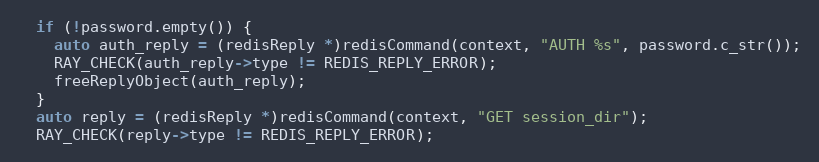
Language: C++
  if (!password.empty()) {
    auto auth_reply = (redisReply *)redisCommand(context, "AUTH %s", password.c_str());
    RAY_CHECK(auth_reply->type != REDIS_REPLY_ERROR);
    freeReplyObject(auth_reply);
  }
  auto reply = (redisReply *)redisCommand(context, "GET session_dir");
  RAY_CHECK(reply->type != REDIS_REPLY_ERROR);